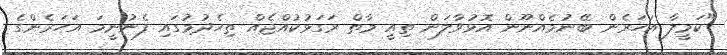
"ކަމީލާ އަހަރެން ބޭނުމެއްނޫން އޮޅުވާލަން ތިއީ މާތް ރަގަޅުކުއްޖެއް ތިހެދުމުގައި ފެނުނީމަ އަހަރެންގެ